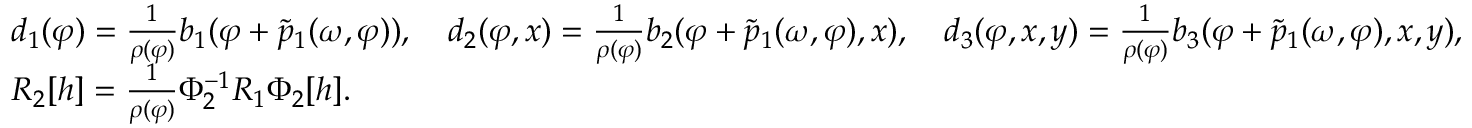
\begin{array} { r l } & { d _ { 1 } ( \varphi ) = \frac { 1 } { \rho ( \varphi ) } b _ { 1 } ( \varphi + \tilde { p } _ { 1 } ( \omega , \varphi ) ) , \quad d _ { 2 } ( \varphi , x ) = \frac { 1 } { \rho ( \varphi ) } { b } _ { 2 } ( \varphi + \tilde { p } _ { 1 } ( \omega , \varphi ) , x ) , \quad d _ { 3 } ( \varphi , x , y ) = \frac { 1 } { \rho ( \varphi ) } b _ { 3 } ( \varphi + \tilde { p } _ { 1 } ( \omega , \varphi ) , x , y ) , } \\ & { R _ { 2 } [ h ] = \frac { 1 } { \rho ( \varphi ) } \Phi _ { 2 } ^ { - 1 } R _ { 1 } \Phi _ { 2 } [ h ] . } \end{array}